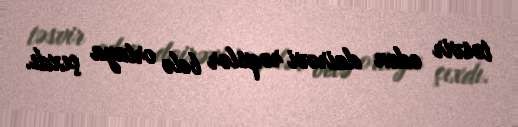
təsvir edən dairəvi rəqslər belə ortaya çıxdı.